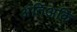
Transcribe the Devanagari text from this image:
अंतिअकि